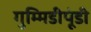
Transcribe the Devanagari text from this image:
गुम्मिडीपूंडी